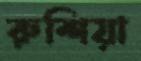
রুশিয়া